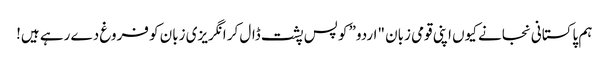
ہم پاکستانی نجانے کیوں اپنی قومی زبان "اردو” کو پس پشت ڈال کر انگریزی زبان کو فروغ دے رہے ہیں!